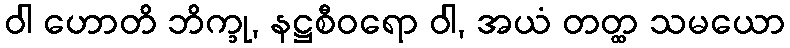
ဝါ ဟောတိ ဘိက္ခု, နဋ္ဌစီဝရော ဝါ, အယံ တတ္ထ သမယော